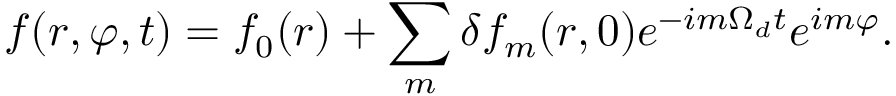
f ( r , \varphi , t ) = f _ { 0 } ( r ) + \sum _ { m } \delta f _ { m } ( r , 0 ) e ^ { - i m \Omega _ { d } t } e ^ { i m \varphi } .